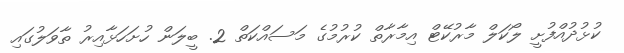
ކުޅުދުއްފުށީ ލޯކަލް މާރުކޭޓް އިމާރާތް ކުރުމުގެ މަސައްކަތް 2. ބީލަން ހުށަހަޅާއިރު ތާވަލުގައި